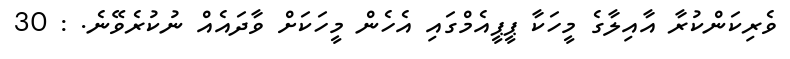
ވެރިކަންކުރާ އާއިލާގެ މީހަކާ ޕީޕީއެމްގައި އެހެން މީހަކަށް ވާދައެއް ނުކުރެވޭނެ. : 30